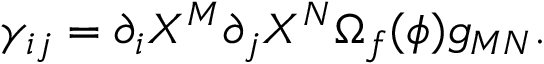
{ \gamma _ { i j } = \partial _ { i } X ^ { M } \partial _ { j } X ^ { N } \Omega _ { f } ( \phi ) g _ { M N } . }